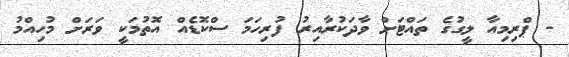
- ޕްރިމިއާ ލީގުގެ ތައްޓަށް ވާދަކުރާއިރު ފުރިހަމަ ސްކޮޑެއް އޮތުމަކީ ވަރަށް މުހިއްމު